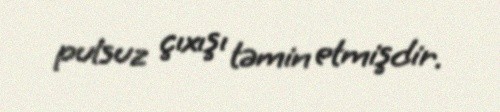
pulsuz çıxışı təmin etmişdir.